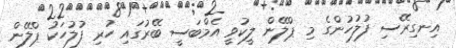
އިނގިރޭސި ފުލުހުންގެ މި ޕްލޭން ލީކުވީ އެމްބަސީ ބޭރުގައި ހުރި ފުލުހަކު ޕްލޭން